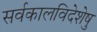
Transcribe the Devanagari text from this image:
सर्वकालविदेशेषु